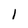
Character: 1